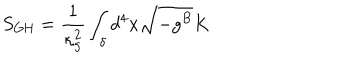
LaTeX: S _ { \mathrm { G H } } = \frac { 1 } { \kappa _ { 5 } ^ { 2 } } \int _ { \delta } d ^ { 4 } x \sqrt { - g ^ { B } } K